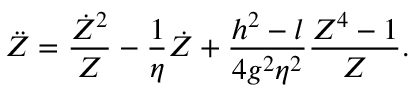
\ddot { Z } = { \frac { \dot { Z } ^ { 2 } } { Z } } - { \frac { 1 } { \eta } } \dot { Z } + { \frac { h ^ { 2 } - l } { 4 g ^ { 2 } \eta ^ { 2 } } } { \frac { Z ^ { 4 } - 1 } { Z } } .